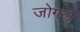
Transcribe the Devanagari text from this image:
जोगले